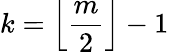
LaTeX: k=\left\lfloor{\frac{m}{2}}\right\rfloor-1